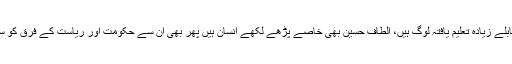
الطاف حسین کی جماعت میں دیگر سیاسی جماعتوں کے مقابلے زیادہ تعلیم یافتہ لوگ ہیں، الطاف حسین بھی خاصے پڑھے لکھے انسان ہیں پھر بھی ان سے حکومت اور ریاست کے فرق کو سمجھنے میں اتنی بڑی غلطی کیسے ہوئی یی ناقابل فہم ہے۔